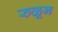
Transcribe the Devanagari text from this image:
रुळून